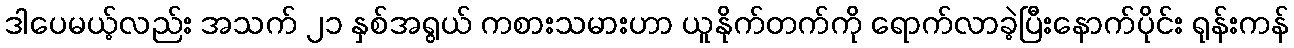
ဒါပေမယ့်လည်း အသက် ၂၁ နှစ်အရွယ် ကစားသမားဟာ ယူနိုက်တက်ကို ရောက်လာခဲ့ပြီးနောက်ပိုင်း ရုန်းကန်